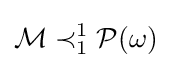
{\mathcal {M}}\prec _{1}^{1}{\mathcal {P}}(\omega )